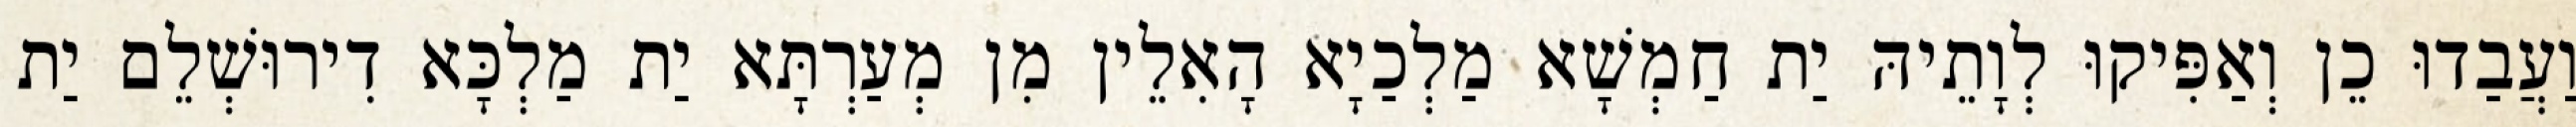
וַעֲבַדוּ כֵן וְאַפִּיקוּ לְוָתֵיהּ יַת חַמְשָׁא מַלְכַיָא הָאִלֵין מִן מְעַרְתָּא יַת מַלְכָּא דִירוּשְׁלֵם יַת